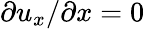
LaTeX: \partial u_{x}/\partial x=0